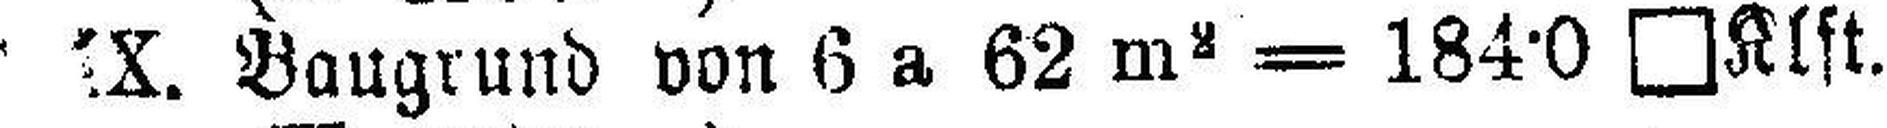
###X. Baugrund von 6 a 62 m2 = 184·0 □Klft.